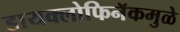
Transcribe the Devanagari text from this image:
डायक्लोफिनॅकमुळे